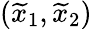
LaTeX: (\widetilde{x}_{1},\widetilde{x}_{2})